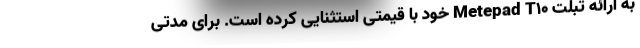
به ارائه تبلت Metepad T10 خود با قیمتی استثنایی کرده است. برای مدتی